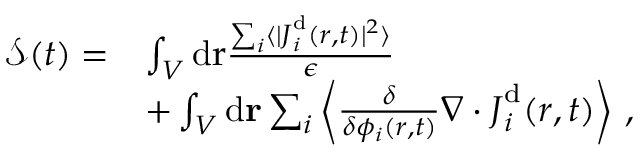
\begin{array} { r l } { { \mathcal { S } } ( t ) = } & { \int _ { V } \mathrm { d } \mathbf { { \boldsymbol { r } } } \frac { \sum _ { i } \langle \vert { { \boldsymbol { J } } } _ { i } ^ { \mathrm { d } } ( { \boldsymbol { r } } , t ) \vert ^ { 2 } \rangle } { \epsilon } } \\ & { + \int _ { V } \mathrm { d } \mathbf { r } \sum _ { i } \left\langle \frac { \delta } { \delta { \phi _ { i } ( \boldsymbol { r } , t ) } } \nabla \cdot { \boldsymbol { J } } _ { i } ^ { \mathrm { d } } ( { \boldsymbol { r } } , t ) \right\rangle \, , } \end{array}